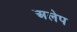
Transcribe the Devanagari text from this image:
अलेप